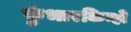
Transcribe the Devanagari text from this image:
कुंभारकिन्ही